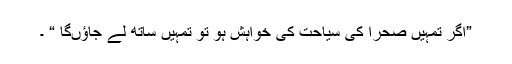
”اگر تمہیں صحرا کی سیاحت کی خواہش ہو تو تمہیں ساتھ لے جاﺅںگا “ ۔